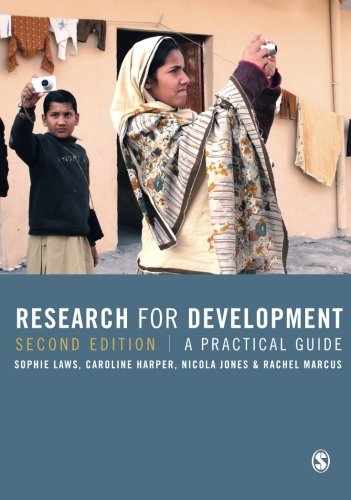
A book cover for Research for Development: A Practical Guide; Sophie Laws; Business & Money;